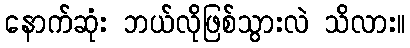
နောက်ဆုံး ဘယ်လိုဖြစ်သွားလဲ သိလား။